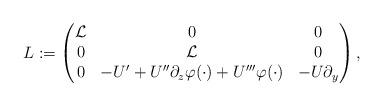
LaTeX: \begin{align*} L: = \begin{pmatrix} \mathcal{L} &0 &0 \\ 0 & \mathcal{L} &0\\ 0& -U' + U'' \partial_z \varphi(\cdot) + U''' \varphi(\cdot) & - U \partial_y \end{pmatrix} ,\end{align*}